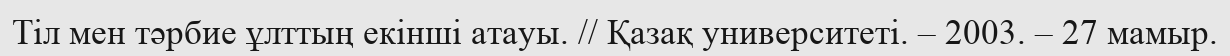
Тіл мен тәрбие ұлттың екінші атауы. // Қазақ университеті. – 2003. – 27 мамыр.